Report of the Lahore Medical School Hospital
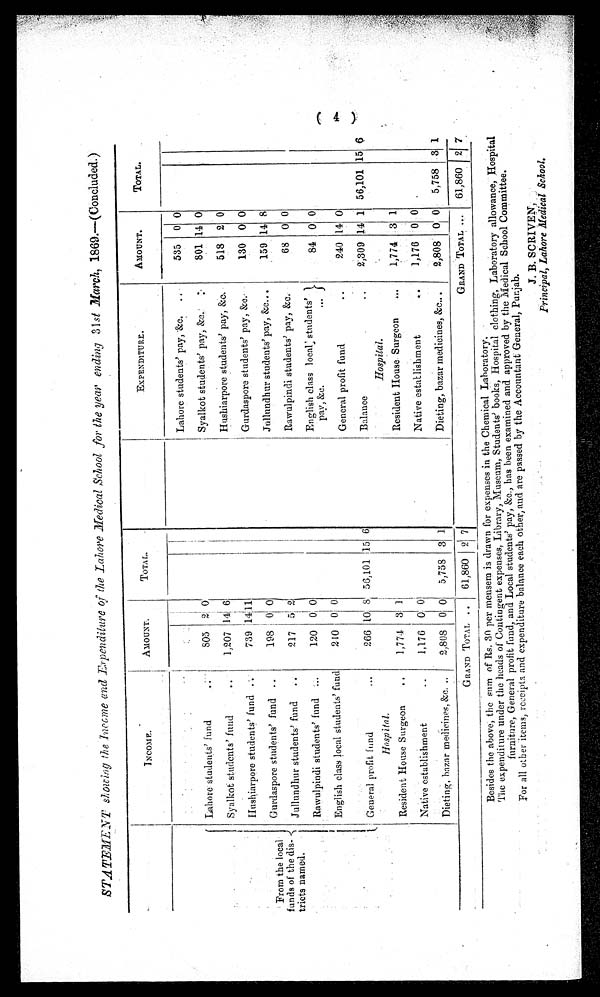
STATEMENT showing the Income and Expenditure of the Lahore Medical School for the year ending 31st March, 1869.—(Concluded.)
INCOME.
AMOUNT.
TOTAL.
EXPENDITURE.
AMOUNT.
TOTAL.
From the local
funds of the dis-
tricts named.
Lahore students' pay, -&c. . . .
535 0 0
Lahore:students' fund . . .
8 0 5 2 0
Syalkot students' pay, &c. . . .
801 14 0
Syalkot students' fund . . .
1,207 14 6
Hushiarpore students' pay, &c.
518 2 0
Hushiarpore students' fund
739
1 4 1 1
Gurdaspore students' pay, &c.
130 0 0
Gurdaspore students' fund . . .
198 0 0
Jullundhur students' pay, &c. . . .
159 14 8
Jullundhur students' fund . . .
217 5 2
Rawalpindi students' pay, &c.
68 0 0
Rawulpindi students' fund . . .
120 0 0
English class local students'
pay, &c. . . .
84 0 0
English class local students' fund
240 0 0
General profit fund . . .
240 14 0
General profit fund
. . .
Hospital.
266 10 8 56,101 15 6
Balance . . .
Hospital
2,309 14 1 56,101 15 6
Resident House Surgeon . . .
1,774 3 1
Resident House Surgeon . . .
1,774 3 1
Native establishment . . .
1,176 0 0
Native establishment . . .
1,176 0 0
Dieting, bazar medieines, &c. . .
2,808 0 0
5,758 3 1
Dieting, bazar medicines, &c. . . .
2,808 0 0
5,758 3 1
G RAND TOTAL . . .
6 1 , 8 6 0
2
7
GRAND TOTAL . . .
61,860
2
7
Besides the above, the sum of Rs. 30 per meusem is drawn for expenses in the Chemical Laboratory.
The expenditure under the heads of Contingent exenses, Library, Museum, Students' books, Hospital clothing, Laboratory allowance, Hospital
furniture, General profit fund, and Local students' pay, &c., has been examined and approved by the Medical School Committee.
For all other items, receipts and expenditure balance each other, and are passed by the Accountant General, Punjab.
J. B. SCRIVEN,
Principal, Lahore Medical School.